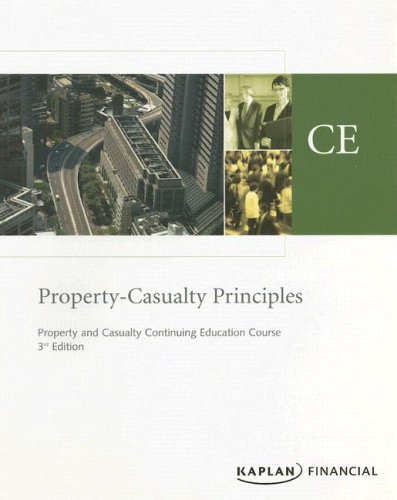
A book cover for Property & Casualty Principles; Kaplan Financial; Business & Money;